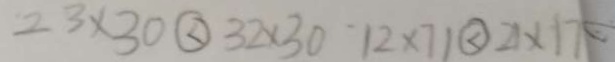
2 3 \times 3 0 \textcircled { < } 3 2 \times 3 0 1 2 \times 7 1 \textcircled { < } 2 1 \times 1 7 =